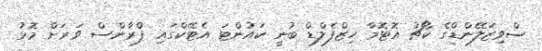
ސްވިޒަލޭންޑްގެ ކޯޗު އޮޓޮމާ ހިޒްފެލްޑް ބުނީ ކައުންޓަ އެޓޭކްގައި ފްރާންސް ވަރަށް މޮޅު